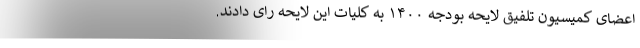
اعضای کمیسیون تلفیق لایحه بودجه ١۴٠٠ به کلیات این لایحه رای دادند.